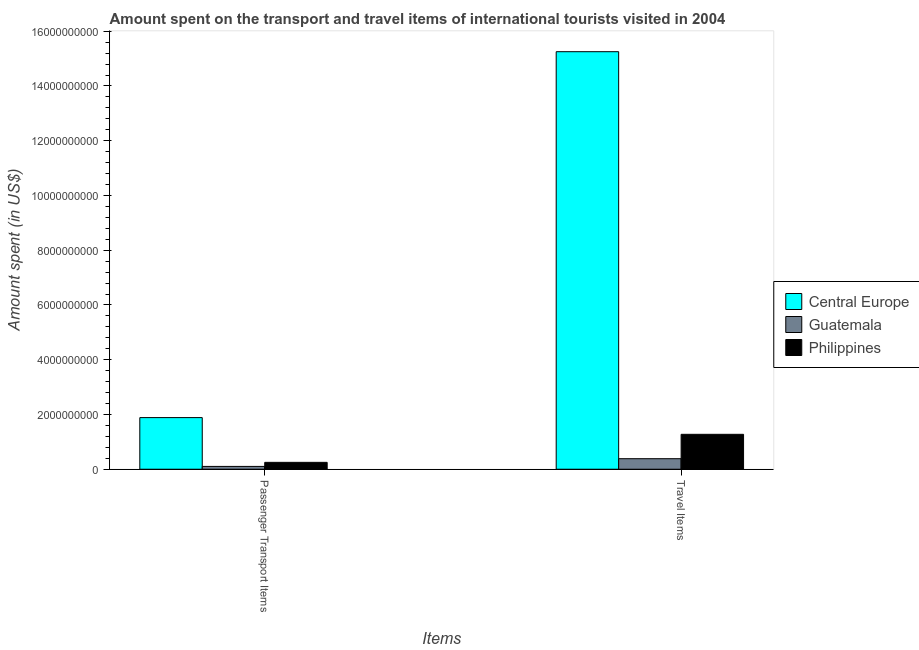
| Items | Central Europe | Guatemala | Philippines |
 | --- | --- | --- | --- |
 | Passenger Transport Items | 1.89e+09 | 1.03e+08 | 2.51e+08 |
 | Travel Items | 1.53e+10 | 3.85e+08 | 1.28e+09 |